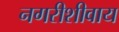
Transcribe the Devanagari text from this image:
नगरीशीवाय